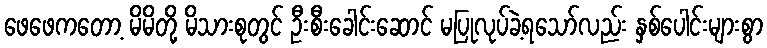
ဖေဖေကတော့ မိမိတို့ မိသားစုတွင် ဦးစီးခေါင်းဆောင် မပြုလုပ်ခဲ့ရသော်လည်း နှစ်ပေါင်းများစွာ